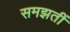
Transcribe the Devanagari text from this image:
समझतीं